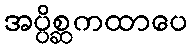
အပ္ပိစ္ဆကထာပေ